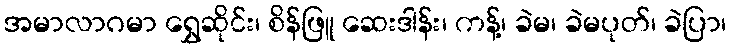
အမာလာဂမာ ရွှေဆိုင်း၊ စိန်ဖြူ ဆေးဒါန်း၊ ကန့်၊ ခဲမ၊ ခဲမပုတ်၊ ခဲပြာ၊